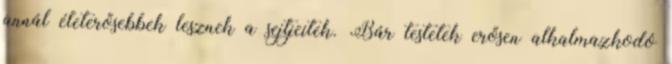
annál életerősebbek lesznek a sejtjeitek. Bár testetek erősen alkalmazkodó